Report on the lunatic asylums under the Government of Bombay - 1904-1913
Year: 1904
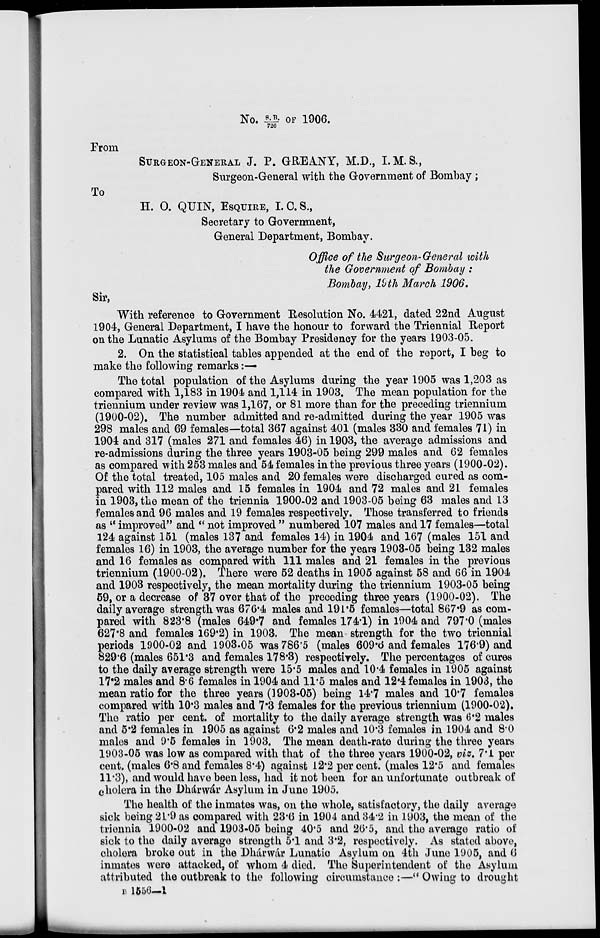
No. S.B./726 OF 1906.
From
SURGEON-GENERAL J. P. GREANY, M.D., I. M. S.,
Surgeon-General with the Government of Bombay;
To
H. O. QUIN, ESQUIRE, I. C. S.,
Secretary to Government,
General Department, Bombay.
Office of the Surgeon-General with
the Government of Bombay :
Bombay, 19th March 1906.
Sir,
With reference to Government Resolution No. 4421, dated 22nd August
1904, General Department, I have the honour to forward the Triennial Report
on the Lunatic Asylums of the Bombay Presidency for the years 1903-05.
2. On the statistical tables appended at the end of the report, I beg to
make the following remarks :—
The total population of the Asylums during the year 1905 was 1,203 as
compared with 1,183 in 1904 and 1,114 in 1903. The mean population for the
triennium under review was 1,167, or 81 more than for the preceding triennium
(1900-02). The number admitted and re-admitted during the year 1905 was
298 males and 69 females—total 367 against 401 (males 330 and females 71) in
1904 and 317 (males 271 and females 46) in 1903, the average admissions and
re-admissions during the three years 1903-05 being 299 males and 62 females
as compared with 253 males and 54 females in the previous three years (1900-02).
Of the total treated, 105 males and 20 females were discharged cured as com-
pared with 112 males and 15 females in 1904 and 72 males and 21 females
in 1903, the mean of the triennia 1900-02 and 1903-05 being 63 males and 13
females and 96 males and 19 females respectively. Those transferred to friends
as "improved" and "not improved " numbered 107 males and 17 females—total
124 against 151 (males 137 and females 14) in 1904 and 167 (males 151 and
females 16) in 1903, the average number for the years 1903-05 being 132 males
and 16 females as compared with 111 males and 21 females in the previous
triennium (1900-02). There were 52 deaths in 1905 against 58 and 66 in 1904
and 1903 respectively, the mean mortality during the triennium 1903-05 being
59, or a decrease of 37 over that of the preceding three years (1900-02). The
daily average strength was 676.4 males and 191.5 females—total 867.9 as com-
pared with 823.8 (males 649.7 and females 174.1) in 1904 and 797.0 (males
627.8 and females 169.2) in 1903. The mean strength for the two triennial
periods 1900-02 and 1903.05 was 786.5 (males 609.6 and females 176.9) and
829.6 (males 651.3 and females 178.3) respectively. The percentages of cures
to the daily average strength were 15.5 males and 10.4 females in 1905 against
17.2 males and 8.6 females in 1904 and 11.5 males and 12.4 females in 1903, the
mean ratio for the three years (1903-05) being 14.7 males and 10.7 females
compared with 10.3 males and 7.3 females for the previous triennium (1900-02).
The ratio per cent. of mortality to the daily average strength was 6.2 males
and 5.2 females in 1905 as against 6.2 males and 10.3 females in 1904 and 8.0
males and 9.5 females in 1903. The mean death-rate during the three years
1903-05 was low as compared with that of the three years 1900-02, viz. 7.1 per
cent. (males 6.8 and females 8.4) against 12.2 per cent. (males 12.5 and females
11.3), and would have been less, had it not been for an unfortunate outbreak of
cholera in the Dhárwár Asylum in June 1905.
The health of the inmates was, on the whole, satisfactory, the daily average
sick being 21.9 as compared with 23.6 in 1904 and 34.2 in 1903, the mean of the
triennia 1900-02 and 1903-05 being 40.5 and 26.5, and the average ratio of
sick to the daily average strength 5.1 and 3.2, respectively. As stated above,
cholera broke out in the Dhárwár Lunatic Asylum on 4th June 1905, and 6
inmates were attacked, of whom 4 died. The Superintendent of the Asylum
attributed the outbreak to the following circumstance :—" Owing to drought
B 1556—1